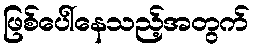
ဖြစ်ပေါ်နေသည့်အတွက်